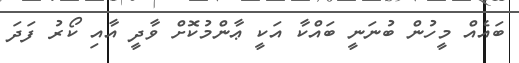
ބައެއް މީހުން ބުނަނީ ބައްކާ އަކީ ޢާންމުކޮށް ވާދީ އާއި ކޯރު ފަދަ